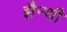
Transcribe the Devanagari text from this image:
झैन्थी